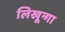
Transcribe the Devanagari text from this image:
लिखून्गा